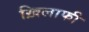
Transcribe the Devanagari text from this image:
ख़िलाफी